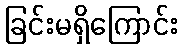
ခြင်းမရှိကြောင်း